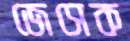
জেসেক